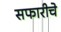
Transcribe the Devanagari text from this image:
सफारीचे